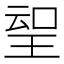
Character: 𱯀